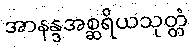
အာနန္ဒအစ္ဆရိယသုတ္တံ